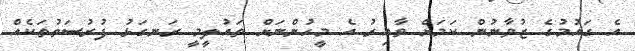
އެ ގައުމުގެ ޒުވާނުން ކަމަށް ވާއިރު އެ މީހުންނަށް ތައުލީމީ ރަނގަޅު ފުރުސަތުތަކެއް